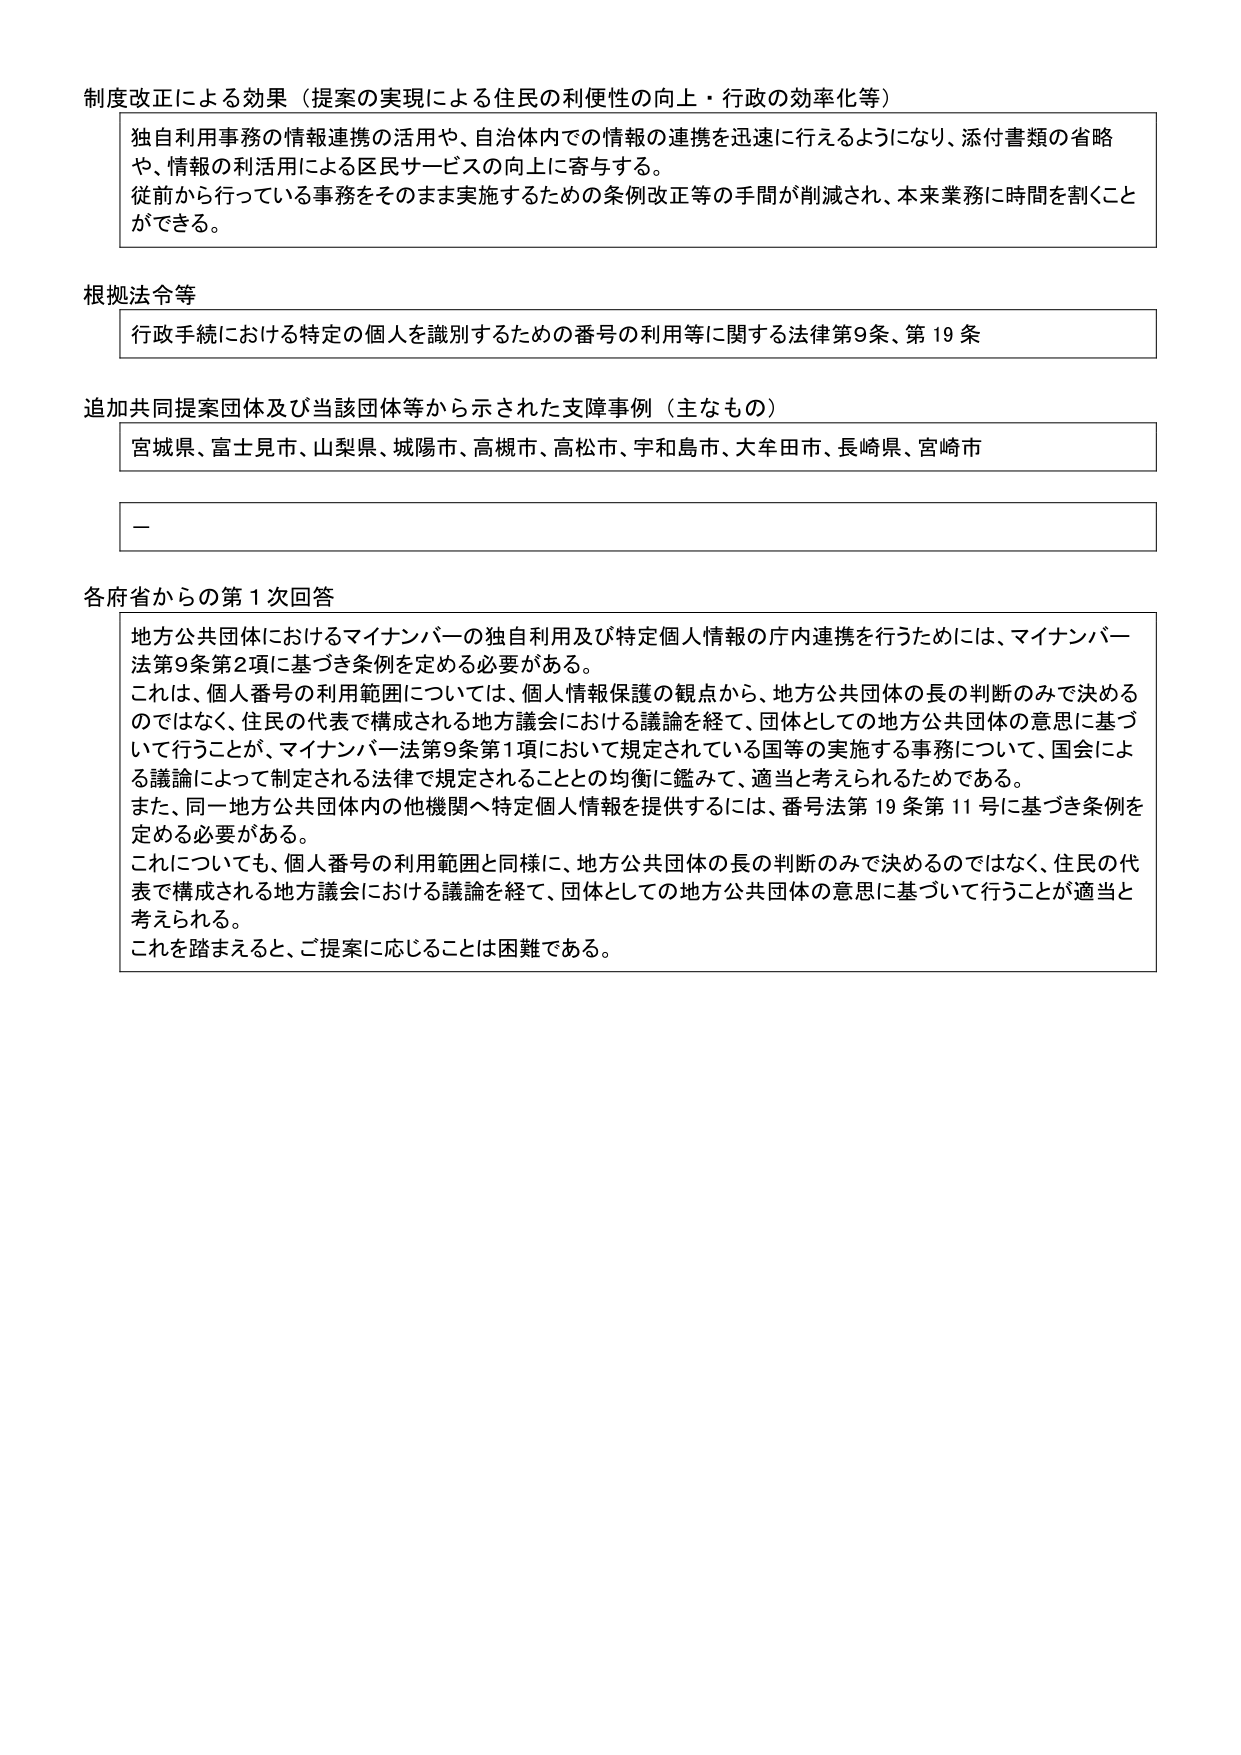
制度改正による効果（提案の実現による住民の利便性の向上・行政の効率化等）
独自利用事務の情報連携の活用や、自治体内での情報の連携を迅速に行えるようになり、添付書類の省略
や、情報の利活用による区民サービスの向上に寄与する。
従前から行っている事務をそのまま実施するための条例改正等の手間が削減され、本来業務に時間を割くこと
ができる。

根拠法令等
行政手続における特定の個人を識別するための番号の利用等に関する法律第9条、第19条

追加共同提案団体及び当該団体等から示された支障事例（主なもの）
宮城県、富士見市、山梨県、城陽市、高槻市、高松市、宇和島市、大牟田市、長崎県、宮崎市

－

各府省からの第1次回答
地方公共団体におけるマイナンバーの独自利用及び特定個人情報の庁内連携を行うためには、マイナンバー
法第9条第2項に基づき条例を定める必要がある。
これは、個人番号の利用範囲については、個人情報保護の観点から、地方公共団体の長の判断のみで決める
のではなく、住民の代表で構成される地方議会における議論を経て、団体としての地方公共団体の意思に基づ
いて行うことが、マイナンバー法第9条第1項において規定されている国等の実施する事務について、国会によ
る議論によって制定される法律で規定されることとの均衡に鑑みて、適当と考えられるためである。
また、同一地方公共団体内の他機関へ特定個人情報を提供するには、番号法第19条第11号に基づき条例を
定める必要がある。
これについても、個人番号の利用範囲と同様に、地方公共団体の長の判断のみで決めるのではなく、住民の代
表で構成される地方議会における議論を経て、団体としての地方公共団体の意思に基づいて行うことが適当と
考えられる。
これを踏まえると、ご提案に応じることは困難である。